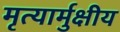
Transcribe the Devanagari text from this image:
मृत्यार्मुक्षीय